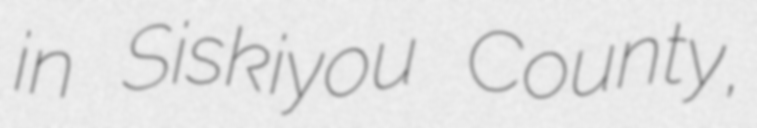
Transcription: in Siskiyou County,